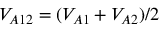
V _ { A 1 2 } = ( V _ { A 1 } + V _ { A 2 } ) / 2